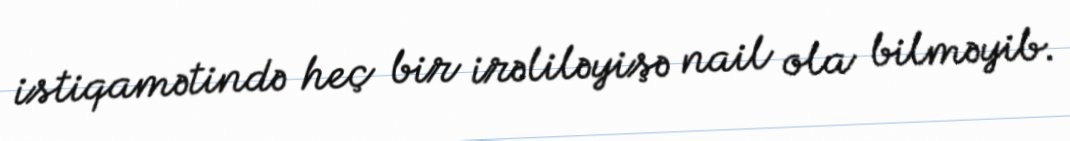
istiqamətində heç bir irəliləyişə nail ola bilməyib.